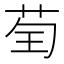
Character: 𦮱